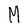
Character: M